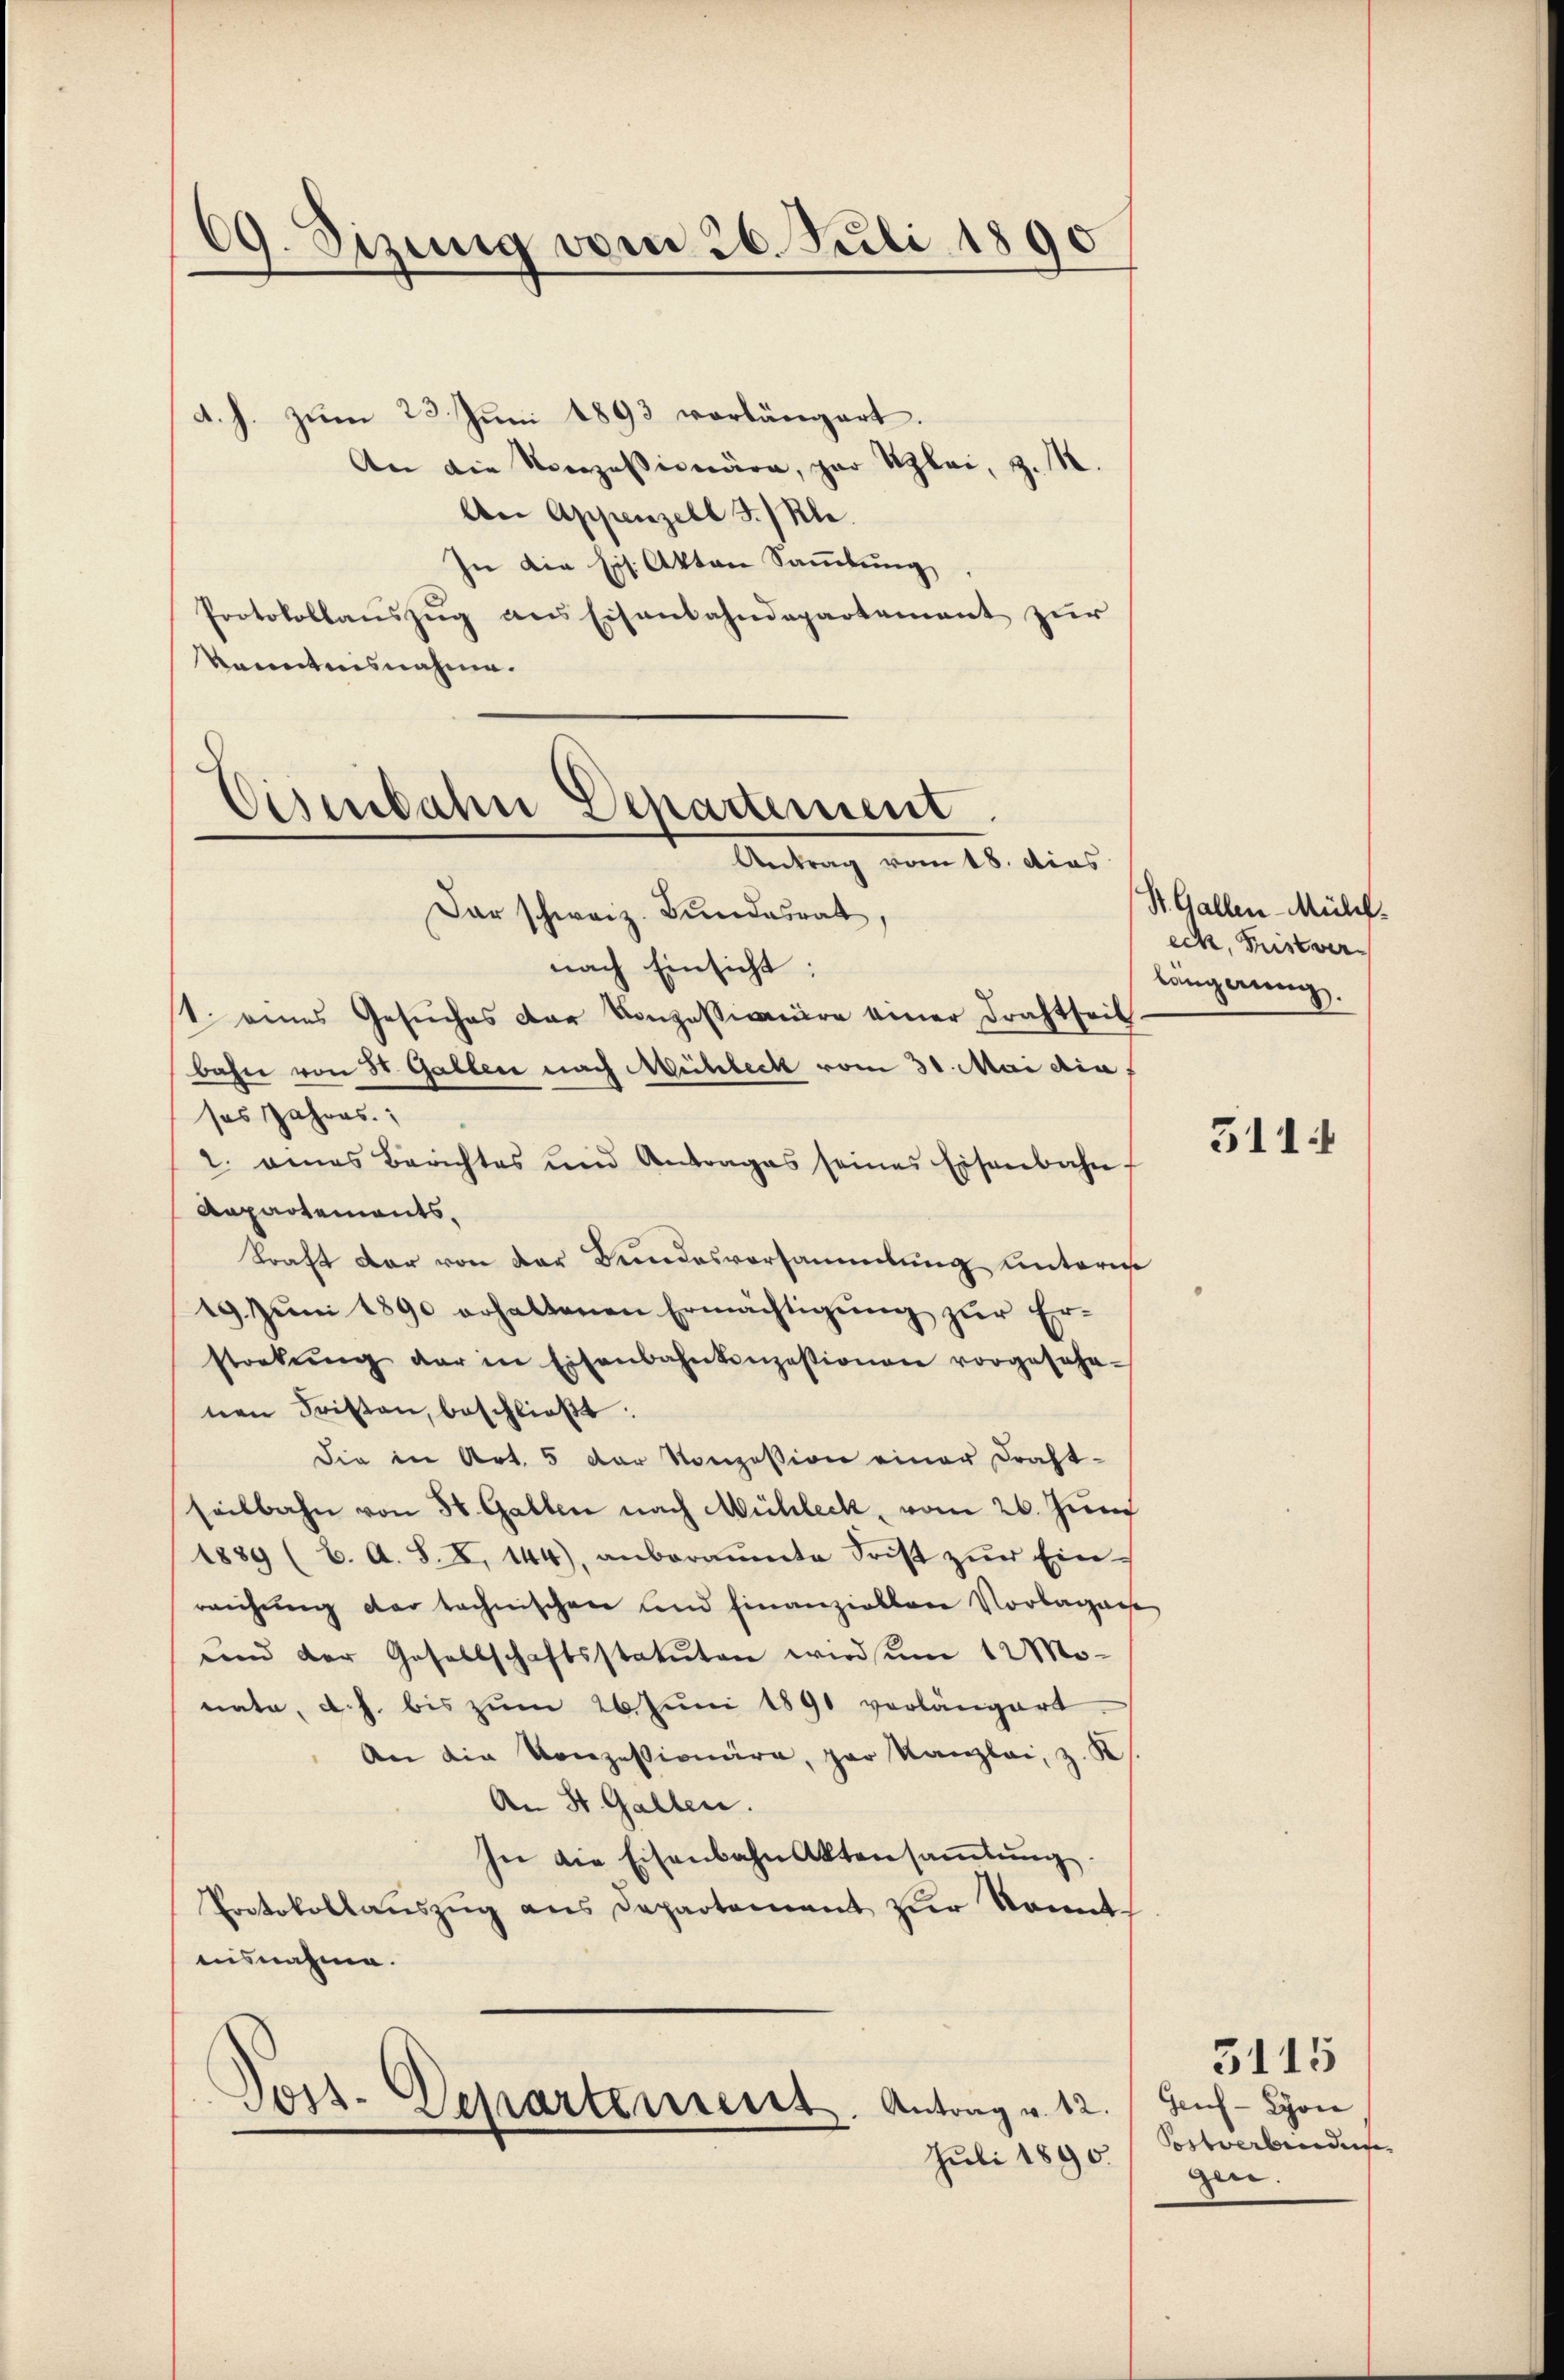
69. Dizung vom 26. Juli 1890

d. h. zum 23. Juni 1893 vorlängert.
An die Konzessionäre, par Klei, z. M.
An Appenzell I. Kle
In die his. Akten Sammlung
Protokollauszug aus Eisenbahndepartement zur
kanntnisnahme.
Dar schweiz. Bundesrat,
nach Einsicht:
t. eines Gesŭches der Konzessionäre einer Drahtseit-
bahn von St. Gallen nach Mehrbeck vom 31. Mai die
ses Jahres.
2. eines Berichtes und Antrages seines Eisenbahn
Repartements,
Kraft der von der Bundesvorsammlung unterm
19. Juni 1890 erhaltenen Ermächtigung zur Erstrekŭng der in Eisenbahnkonzessionen vorgesehe-
nen Fristen, beschlieβt:
die in Art. 5 der Konzession einer Draht-
seitbahn von 50. Gallen nach Mühleck, vom 26. Juni
1889 (C. A. S. X. 144), anberaŭmte Frist zŭr Ein-
reichung der technischen und hinanziellere Vorlagense
und der Gesellschaftsstatuten wird um 12 Mo-
nate, d. h. bis zŭm 26. Juni 1891 vorlängert.
An die Konzessionäre, par Kanzlei, z. K
An St. Gallen.
In die Eisenbahnaktensaṁlŭng.
Protokollaŭszŭg ans Departement zŭr konnt
ausnahme.

Eisenbahn Departement
Antrag vom 18. dies

Toss-Departement. Antrag v. 12.
Juli 1890.

St. Gallen-Mühf.
ech, Fristver
längerung.

311

5115
Geuf- Lyon
Sortoarbenden.
gen.